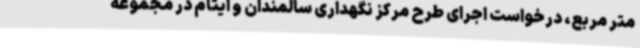
متر مربع، درخواست اجرای طرح مرکز نگهداری سالمندان و ایتام در مجموعه